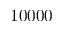
1 0 0 0 0